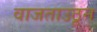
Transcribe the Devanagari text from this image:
वाजताउठून